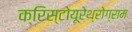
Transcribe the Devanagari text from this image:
क्रिस्टोयूरेथ्रोग्राम